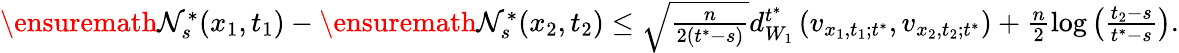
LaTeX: \begin{array}{r}{\ensuremath{\mathcal{N}}_{s}^{*}(x_{1},t_{1})-\ensuremath{\mathcal{N}}_{s}^{*}(x_{2},t_{2})\le\sqrt{\frac{n}{2(t^{*}-s)}}d_{W_{1}}^{t^{*}}\left(v_{x_{1},t_{1};t^{*}},v_{x_{2},t_{2};t^{*}}\right)+\frac{n}{2}\log\left(\frac{t_{2}-s}{t^{*}-s}\right).}\end{array}